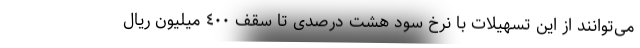
می‌توانند از این تسهیلات با نرخ سود هشت درصدی تا سقف ٤٠٠ میلیون ریال